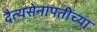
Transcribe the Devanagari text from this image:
दैत्यसेनापतींच्या